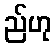
ည်ဟု